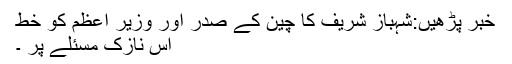
خبر پڑھیں:شہباز شریف کا چین کے صدر اور وزیر اعظم کو خط
اس نازک مسئلے پر ۔